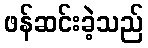
ဖန်ဆင်းခဲ့သည်